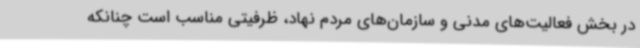
در بخش فعالیت‌های مدنی و سازمان‌های مردم نهاد، ظرفیتی مناسب است چنانکه